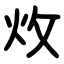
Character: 炇